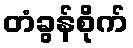
တံခွန်စိုက်